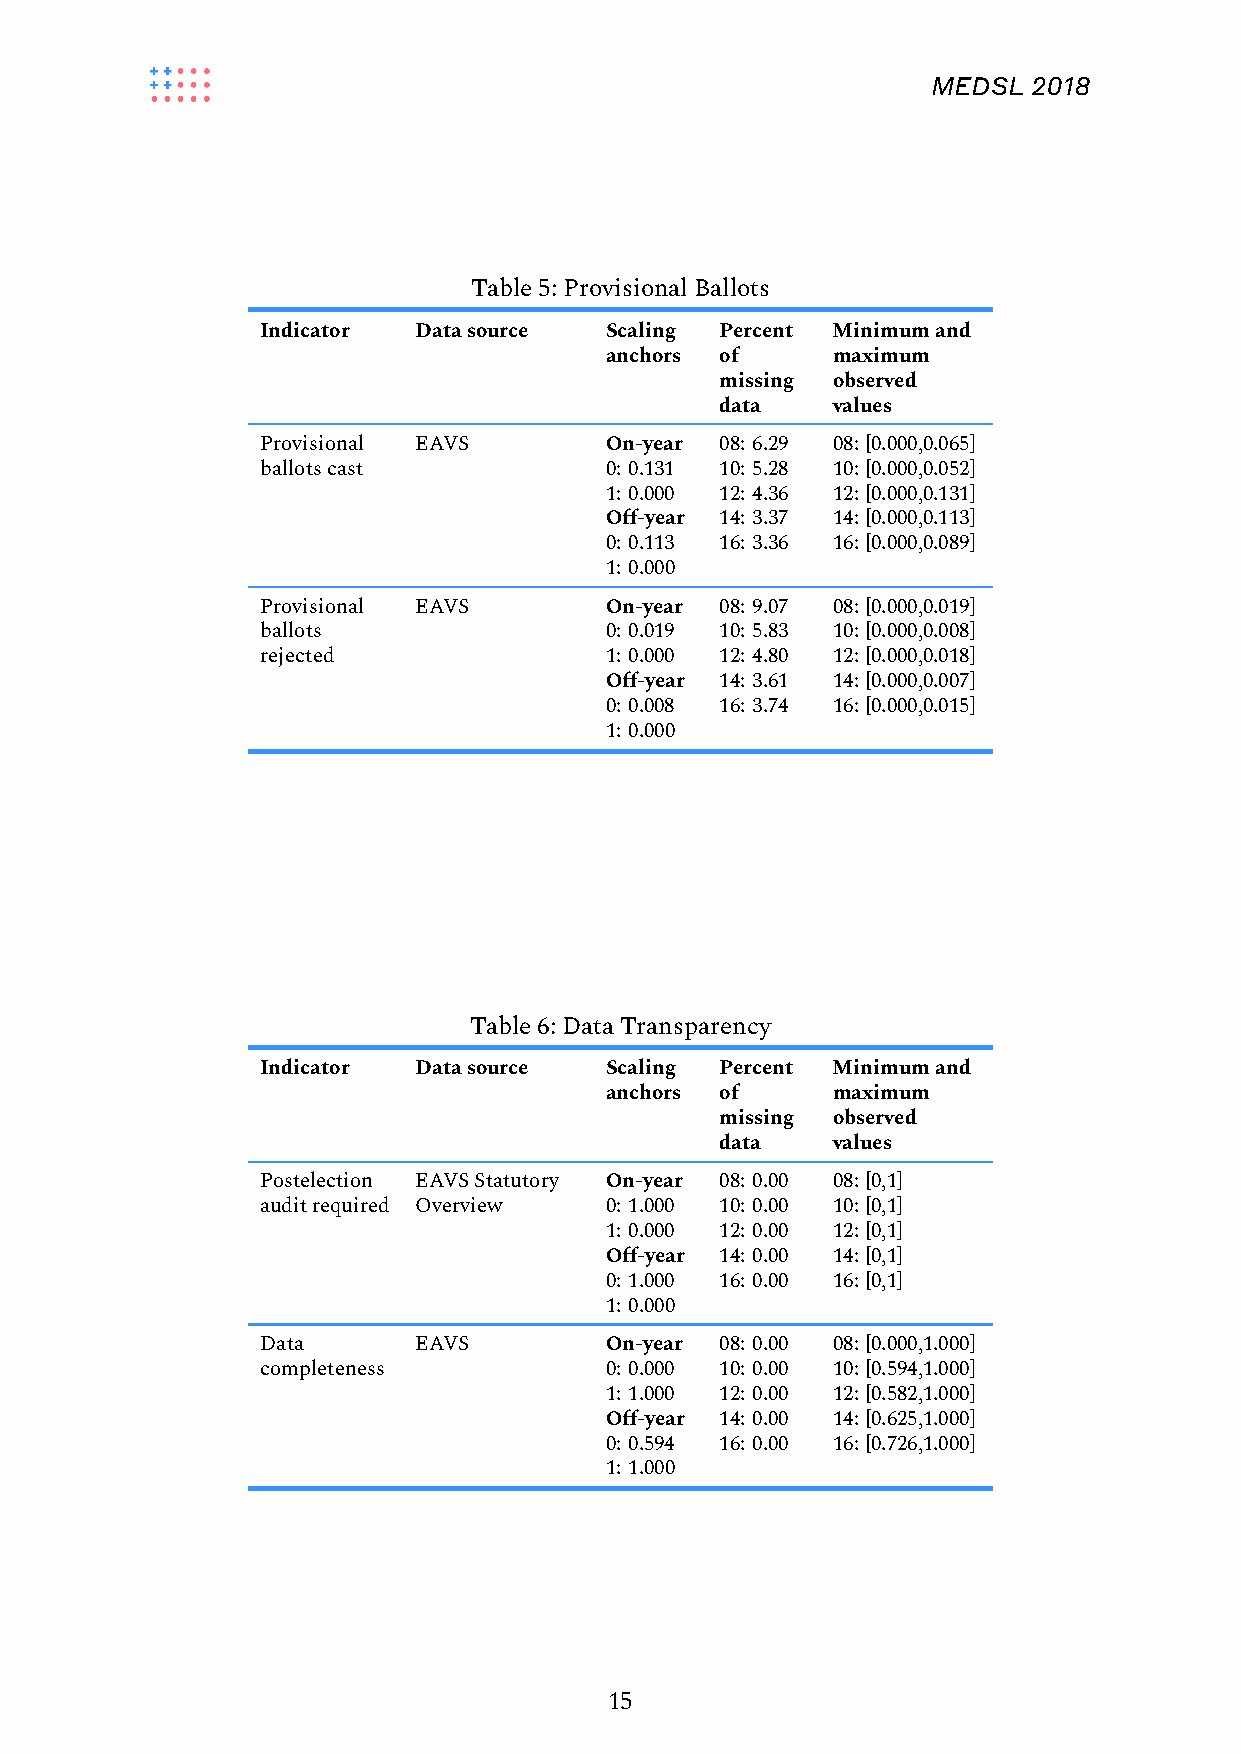
MEDSL 2018
 Table5:ProvisionalBallots
 Indicator Datasource   Scaling Percent Minimumand
 anchors of     maximum
 missing observed
 data   values
 Provisional EAVS       On-year 08: 6.29 08: [0.000,0.065]
 ballotscast            0: 0.131 10: 5.28 10: [0.000,0.052]
 1: 0.000 12: 4.36 12: [0.000,0.131]
 Off-year 14: 3.37 14: [0.000,0.113]
 0: 0.113 16: 3.36 16: [0.000,0.089]
 1: 0.000
 Provisional EAVS       On-year 08: 9.07 08: [0.000,0.019]
 ballots                0: 0.019 10: 5.83 10: [0.000,0.008]
 rejected               1: 0.000 12: 4.80 12: [0.000,0.018]
 Off-year 14: 3.61 14: [0.000,0.007]
 0: 0.008 16: 3.74 16: [0.000,0.015]
 1: 0.000
 Table6:DataTransparency
 Indicator Datasource   Scaling Percent Minimumand
 anchors of     maximum
 missing observed
 data   values
 Postelection EAVSStatutory On-year 08: 0.00 08: [0,1]
 auditrequired Overview 0: 1.000 10: 0.00 10: [0,1]
 1: 0.000 12: 0.00 12: [0,1]
 Off-year 14: 0.00 14: [0,1]
 0: 1.000 16: 0.00 16: [0,1]
 1: 0.000
 Data      EAVS         On-year 08: 0.00 08: [0.000,1.000]
 completeness           0: 0.000 10: 0.00 10: [0.594,1.000]
 1: 1.000 12: 0.00 12: [0.582,1.000]
 Off-year 14: 0.00 14: [0.625,1.000]
 0: 0.594 16: 0.00 16: [0.726,1.000]
 1: 1.000
 15